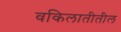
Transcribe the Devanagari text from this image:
वकिलातीतील